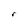
Character: r